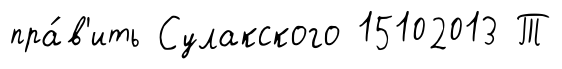
пра́в'ить Сулакского 15102013 Т